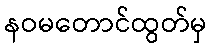
နဝမတောင်ထွတ်မှ